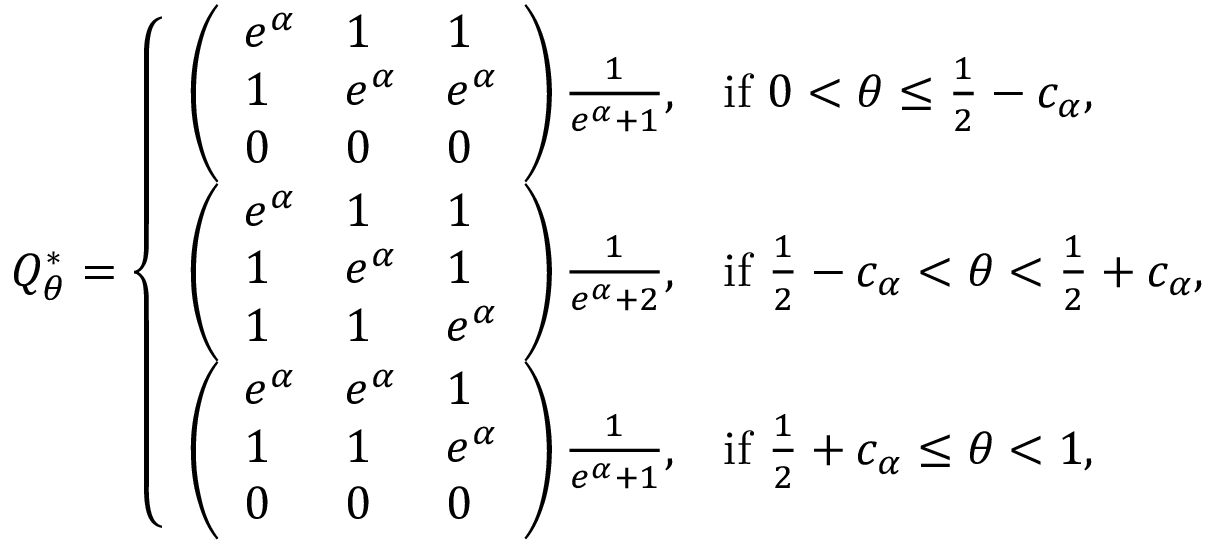
\begin{array} { r } { Q _ { \theta } ^ { * } = \left\{ \begin{array} { l l } { \left( \begin{array} { l l l } { e ^ { \alpha } } & { 1 } & { 1 } \\ { 1 } & { e ^ { \alpha } } & { e ^ { \alpha } } \\ { 0 } & { 0 } & { 0 } \end{array} \right) \frac { 1 } { e ^ { \alpha } + 1 } , } & { \mathrm { i f ~ } 0 < \theta \le \frac { 1 } { 2 } - c _ { \alpha } , } \\ { \left( \begin{array} { l l l } { e ^ { \alpha } } & { 1 } & { 1 } \\ { 1 } & { e ^ { \alpha } } & { 1 } \\ { 1 } & { 1 } & { e ^ { \alpha } } \end{array} \right) \frac { 1 } { e ^ { \alpha } + 2 } , } & { \mathrm { i f ~ } \frac { 1 } { 2 } - c _ { \alpha } < \theta < \frac { 1 } { 2 } + c _ { \alpha } , } \\ { \left( \begin{array} { l l l } { e ^ { \alpha } } & { e ^ { \alpha } } & { 1 } \\ { 1 } & { 1 } & { e ^ { \alpha } } \\ { 0 } & { 0 } & { 0 } \end{array} \right) \frac { 1 } { e ^ { \alpha } + 1 } , } & { \mathrm { i f ~ } \frac { 1 } { 2 } + c _ { \alpha } \le \theta < 1 , } \end{array} \right. } \end{array}